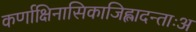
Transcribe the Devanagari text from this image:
कर्णाक्षिनासिकाजिह्लादन्ताःअ